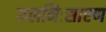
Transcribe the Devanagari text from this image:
मलनिःसारण